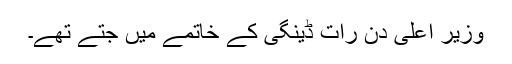
وزیر اعلیٰ دن رات ڈینگی کے خاتمے میں جتے تھے۔